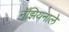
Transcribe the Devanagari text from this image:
नॅझियनाले